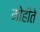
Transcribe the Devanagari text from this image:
मोहीते